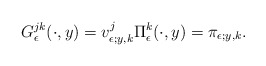
\begin{align*}G_\epsilon^{jk}(\cdot,y)=v_{\epsilon;y,k}^j \Pi_\epsilon^k(\cdot,y)=\pi_{\epsilon;y,k}.\end{align*}